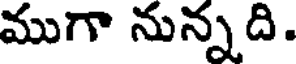
ముగా నున్నది.